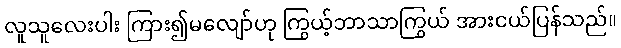
လူသူလေးပါး ကြား၍မလျော်ဟု ကြွယ့်ဘာသာကြွယ် အားငယ်ပြန်သည်။